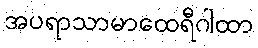
အပရာသာမာထေရီဂါထာ